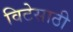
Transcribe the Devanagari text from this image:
विटेसाठी